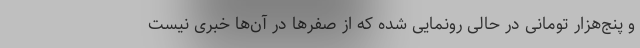
و پنج‌هزار تومانی در حالی رونمایی شده که از صفرها در آن‌ها خبری نیست